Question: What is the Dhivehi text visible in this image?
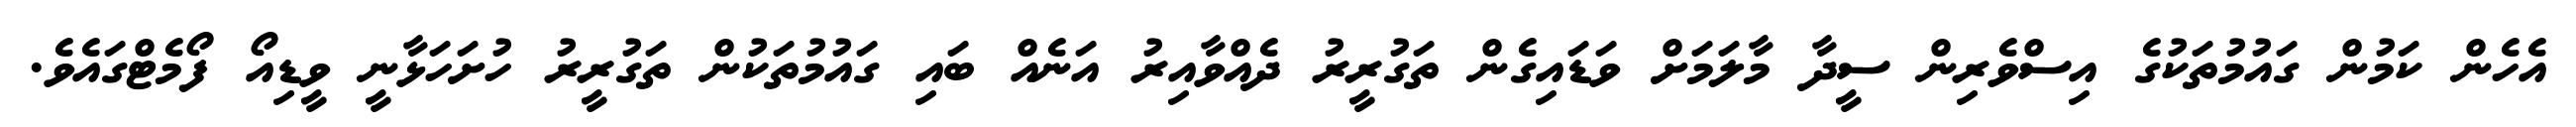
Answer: އެހެން ކަމުން ގައުމުތަކުގެ އިސްވެރިން ސީދާ މާލަމަށް ވަޑައިގެން ތަގުރީރު ދެއްވާއިރު އަނެއް ބައި ގައުމުތަކުން ތަގުރީރު ހުށަހަޅާނީ ވީޑިއޯ ފޯމެޓްގައެވެ.